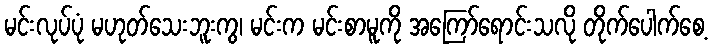
မင်းလုပ်ပုံ မဟုတ်သေးဘူးကွ၊ မင်းက မင်းစာမူကို အကြော်ရောင်းသလို တိုက်ပေါက်စေ့